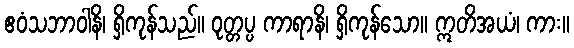
ဧဝံသဘာဝါနိ၊ ရှိကုန်သည်။ ဝုတ္တပ္ပ ကာရာနိ၊ ရှိကုန်သော။ ဣတိအယံ၊ ကား။